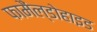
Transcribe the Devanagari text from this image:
फामैंल्डोहाइड